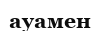
ауамен